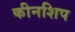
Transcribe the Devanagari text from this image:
कीनशिप